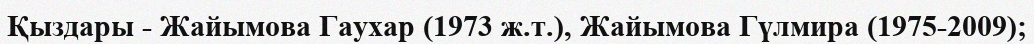
Қыздары - Жайымова Гаухар (1973 ж.т.), Жайымова Гүлмира (1975-2009);